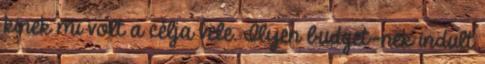
kinek mi volt a célja vele. Ilyen budget-nek indult